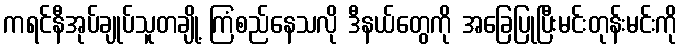
ကရင်နီအုပ်ချုပ်သူတချို့ ကြံစည်နေသလို ဒီနယ်တွေကို အခြေပြုပြီးမင်းတုန်းမင်းကို